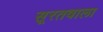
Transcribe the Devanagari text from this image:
सूरतवाला